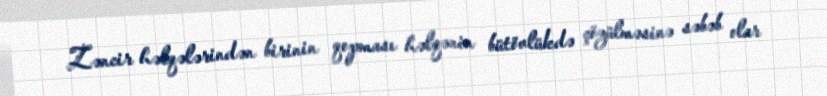
Zəncir həlqələrindən birinin qopması həlqənin bütövlükdə çözülməsinə səbəb olar